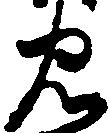
忠